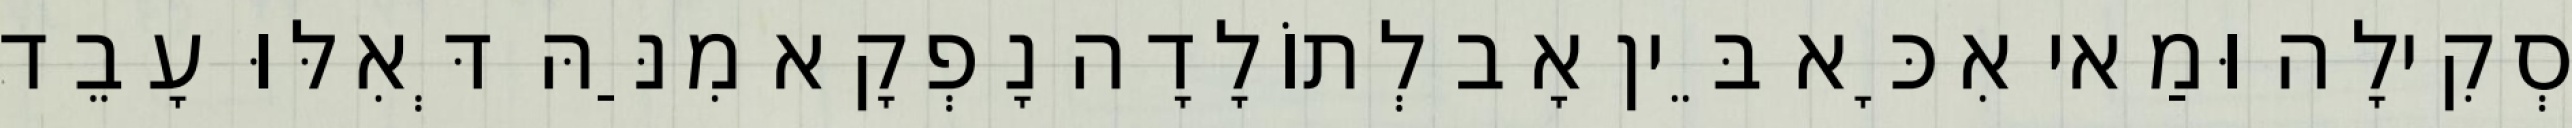
סְקִילָה וּמַאי אִכָּא בֵּין אָב לְתוֹלָדָה נָפְקָא מִנַּהּ דְּאִלּוּ עָבֵד